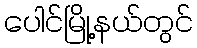
ပေါင်မြို့နယ်တွင်